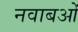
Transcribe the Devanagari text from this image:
नवाबओं